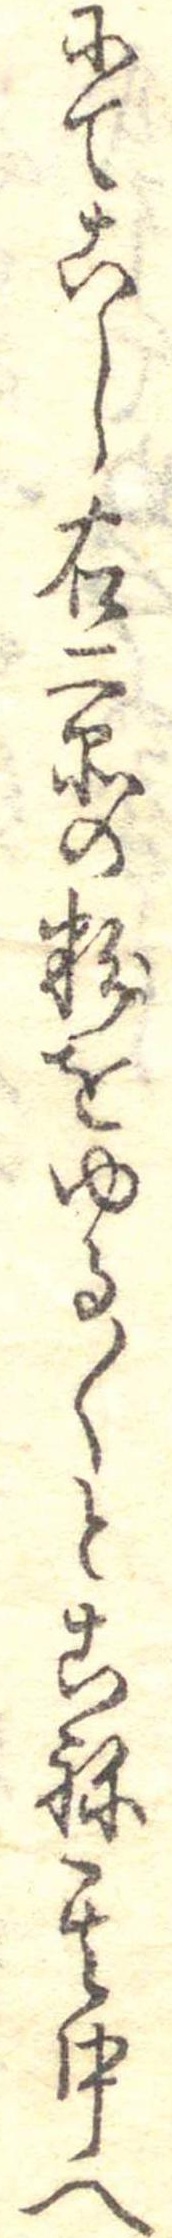
にてこし右二品の粉をゆる〱とこね其中へ